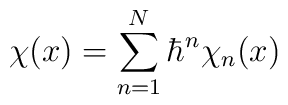
{\chi}(x)=\sum_{n=1}^{N}{\hbar}^n{\chi}_n(x)